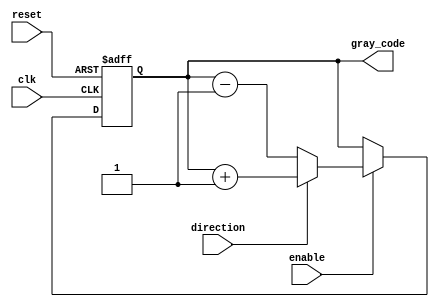
module Bidirectional_Gray_Counter (
    input wire clk,
    input wire reset,
    input wire enable,
    input wire direction, // 1 for increment, 0 for decrement
    output reg [3:0] gray_code
);

reg [3:0] next_gray_code;

always @(posedge clk or posedge reset) begin
    if (reset) begin
        gray_code <= 4'b0000;
    end else if (enable) begin
        if (direction) begin
            next_gray_code = gray_code + 1;
        end else begin
            next_gray_code = gray_code - 1;
        end
        gray_code <= next_gray_code;
    end
end

endmodule